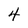
Character: 4